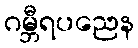
ဂမ္ဘီရပညေန